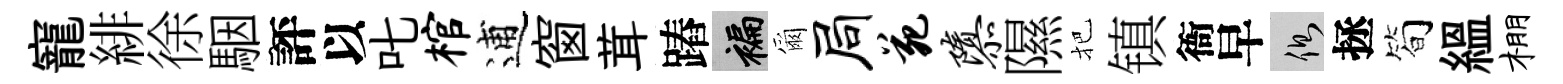
寵緋徐駰評以叱棺逋窗茸蹖褊爾局苑隳隰把镇衙早側拯简緼棚